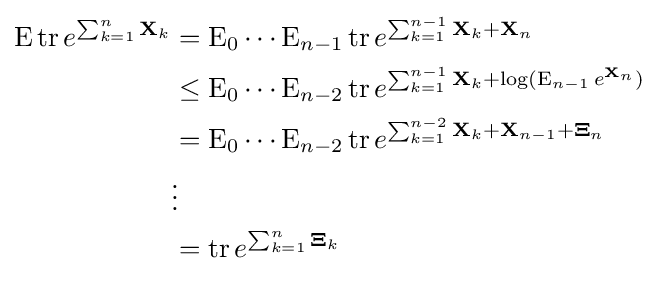
{\begin{aligned}\operatorname {E} \operatorname {tr} e^{\sum _{k=1}^{n}\mathbf {X} _{k}}&=\operatorname {E} _{0}\cdots \operatorname {E} _{n-1}\operatorname {tr} e^{\sum _{k=1}^{n-1}\mathbf {X} _{k}+\mathbf {X} _{n}}\\&\leq \operatorname {E} _{0}\cdots \operatorname {E} _{n-2}\operatorname {tr} e^{\sum _{k=1}^{n-1}\mathbf {X} _{k}+\log(\operatorname {E} _{n-1}e^{\mathbf {X} _{n}})}\\&=\operatorname {E} _{0}\cdots \operatorname {E} _{n-2}\operatorname {tr} e^{\sum _{k=1}^{n-2}\mathbf {X} _{k}+\mathbf {X} _{n-1}+\mathbf {\Xi } _{n}}\\&\vdots \\&=\operatorname {tr} e^{\sum _{k=1}^{n}\mathbf {\Xi } _{k}}\end{aligned}}